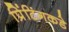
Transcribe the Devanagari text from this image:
प्रिंटिंगकडे